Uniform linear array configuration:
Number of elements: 48
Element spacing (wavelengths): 0.75
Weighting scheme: binomial
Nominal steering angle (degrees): -15
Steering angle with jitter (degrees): -13.334
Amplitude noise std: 0.05
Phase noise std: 0.05

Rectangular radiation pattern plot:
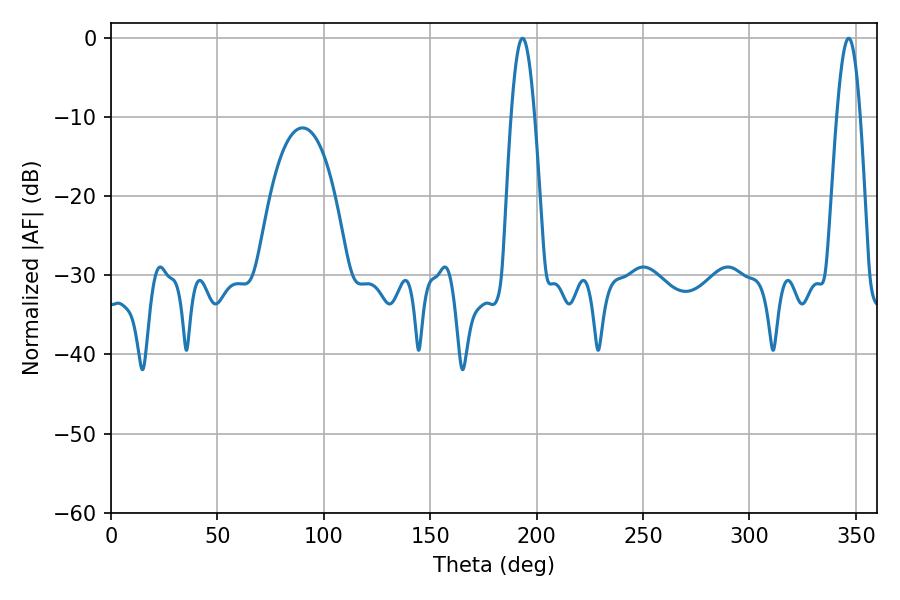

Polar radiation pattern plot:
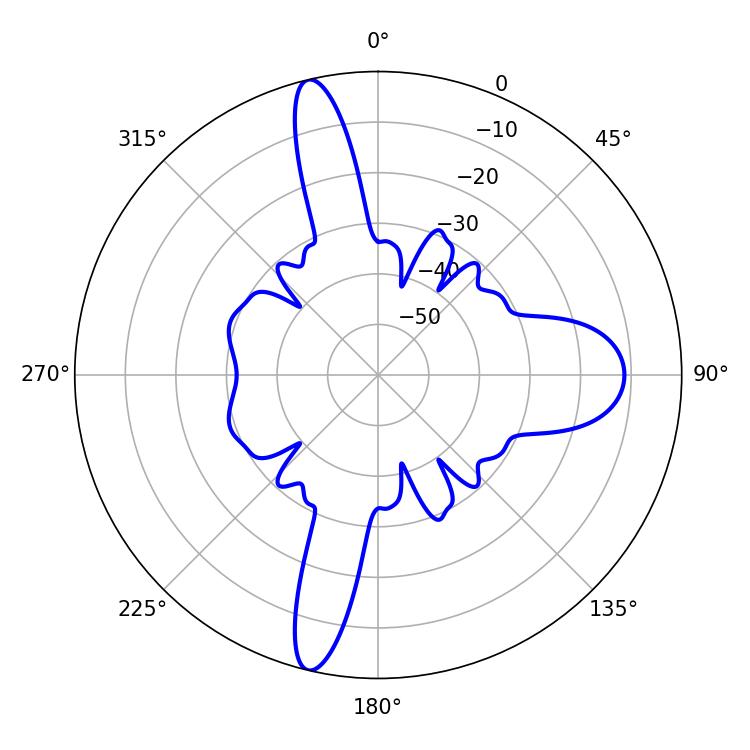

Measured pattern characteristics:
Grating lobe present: TRUE
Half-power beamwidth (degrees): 5.94
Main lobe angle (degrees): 193.32